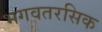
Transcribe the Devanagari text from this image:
भगवतरसिक